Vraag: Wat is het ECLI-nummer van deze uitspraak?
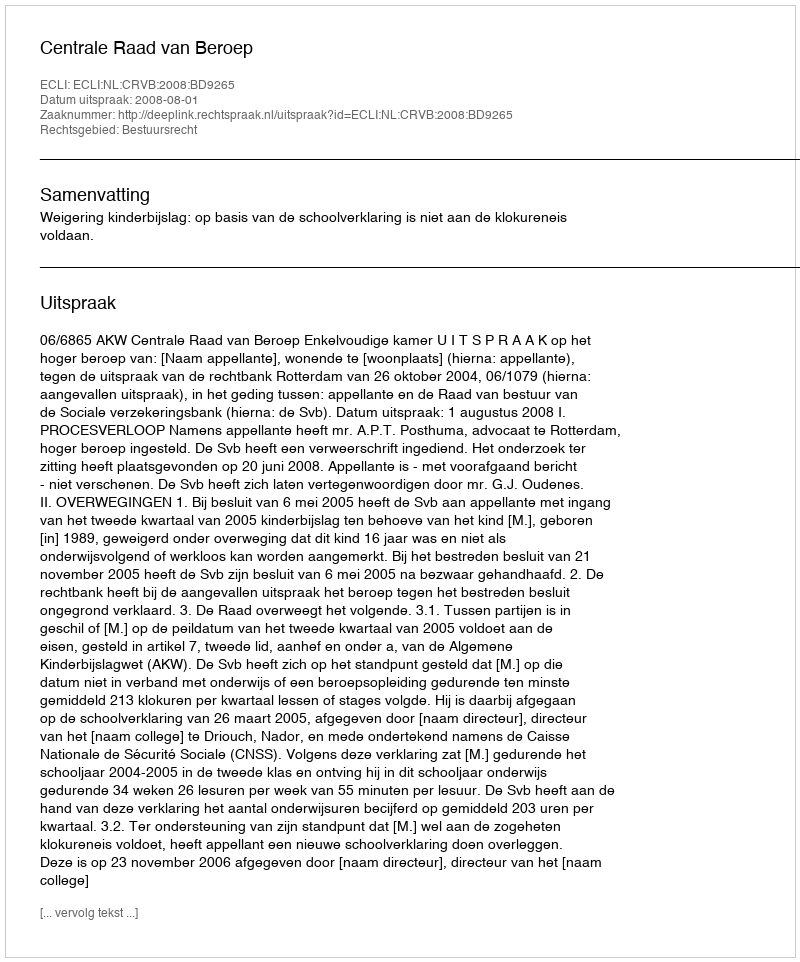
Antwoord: ECLI:NL:CRVB:2008:BD9265